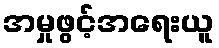
အမှုဖွင့်အရေးယူ